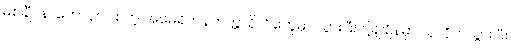
မစ်ချီဂန်၊ ကော်နဲလ် စတဲ့ အမေရိကန်တက္ကသိုလ်တွေမှာ သွားပြီး ပို့ချချိန်မှာ သူလိုက်သွားပြီး